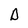
Character: D